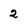
Character: 2